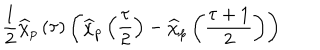
\frac { 1 } { 2 } \widehat { \chi } _ { p } \left( \tau \right) \left( \widehat { \chi } _ { p } \left( \frac { \tau } { 2 } \right) - \widehat { \chi } _ { p } \left( \frac { \tau + 1 } { 2 } \right) \right)